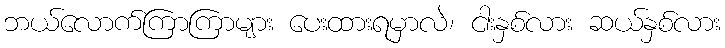
ဘယ်လောက်ကြာကြာများ ပေးထားရမှာလဲ၊ ငါးနှစ်လား ဆယ်နှစ်လား